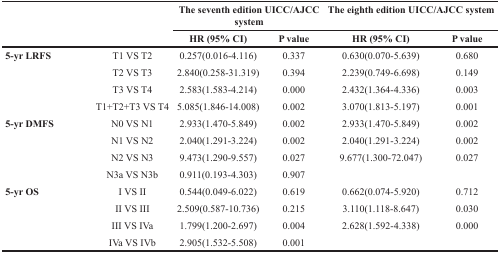
|  |  | <COLSPAN=2> The seventh edition UICC/AJCC system | <COLSPAN=2> The eighth edition UICC/AJCC system |
 |  |  | HR (95% CI) | P value | HR (95% CI) | P value |
 | --- | --- | --- | --- | --- | --- |
 | 5-yr LRFS | T1 VS T2 | 0.257(0.016-4.116) | 0.337 | 0.630(0.070-5.639) | 0.680 |
 |  | T2 VS T3 | 2.840(0.258-31.319) | 0.394 | 2.239(0.749-6.698) | 0.149 |
 |  | T3 VS T4 | 2.583(1.583-4.214) | 0.000 | 2.432(1.364-4.336) | 0.003 |
 |  | T1+T2+T3 VS T4 | 5.085(1.846-14.008) | 0.002 | 3.070(1.813-5.197) | 0.001 |
 | 5-yr DMFS | N0 VS N1 | 2.933(1.470-5.849) | 0.002 | 2.933(1.470-5.849) | 0.002 |
 |  | N1 VS N2 | 2.040(1.291-3.224) | 0.002 | 2.040(1.291-3.224) | 0.002 |
 |  | N2 VS N3 | 9.473(1.290-9.557) | 0.027 | 9.677(1.300-72.047) | 0.027 |
 |  | N3a VS N3b | 0.911(0.193-4.303) | 0.907 |  |  |
 | 5-yr OS | I VS II | 0.544(0.049-6.022) | 0.619 | 0.662(0.074-5.920) | 0.712 |
 |  | II VS III | 2.509(0.587-10.736) | 0.215 | 3.110(1.118-8.647) | 0.030 |
 |  | III VS IVa | 1.799(1.200-2.697) | 0.004 | 2.628(1.592-4.338) | 0.000 |
 |  | IVa VS IVb | 2.905(1.532-5.508) | 0.001 |  |  |